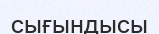
сығындысы